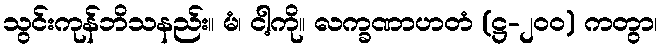
သွင်းကုန်ဘိသနည်း။ မံ၊ ငါ့ကို။ လက္ခဏာဟတံ (ဋ္ဌ-၂၀၀) ကတွာ၊